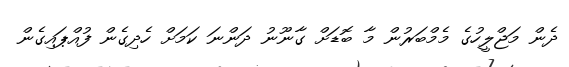
ދެން މަޖްލީހުގެ މެމްބަރުން މާ ބޮޑަށް ގާނޫނު ދަންނަ ކަމަށް ހެދިގެން ފުއްޕައިގެން